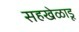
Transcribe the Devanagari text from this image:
सहखेळाडू